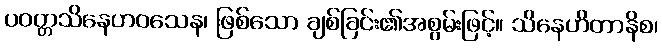
ပဝတ္တသိနေဟဝသေန၊ ဖြစ်သော ချစ်ခြင်း၏အစွမ်းဖြင့်။ သိနေဟိတာနိစ၊